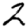
Digit: 2